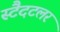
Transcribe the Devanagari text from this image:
स्टैदटलर